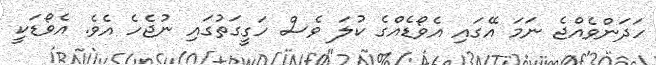
ހަދަންވެއްޖެ ނަމަ އޭގައި އެވޯޑެއްގެ ކުލަ ވެސް ހަގީގަތުގައި ނުޖެހެ އެވެ. އެވޯޑަކީ